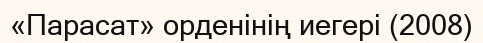
«Парасат» орденінің иегері (2008)